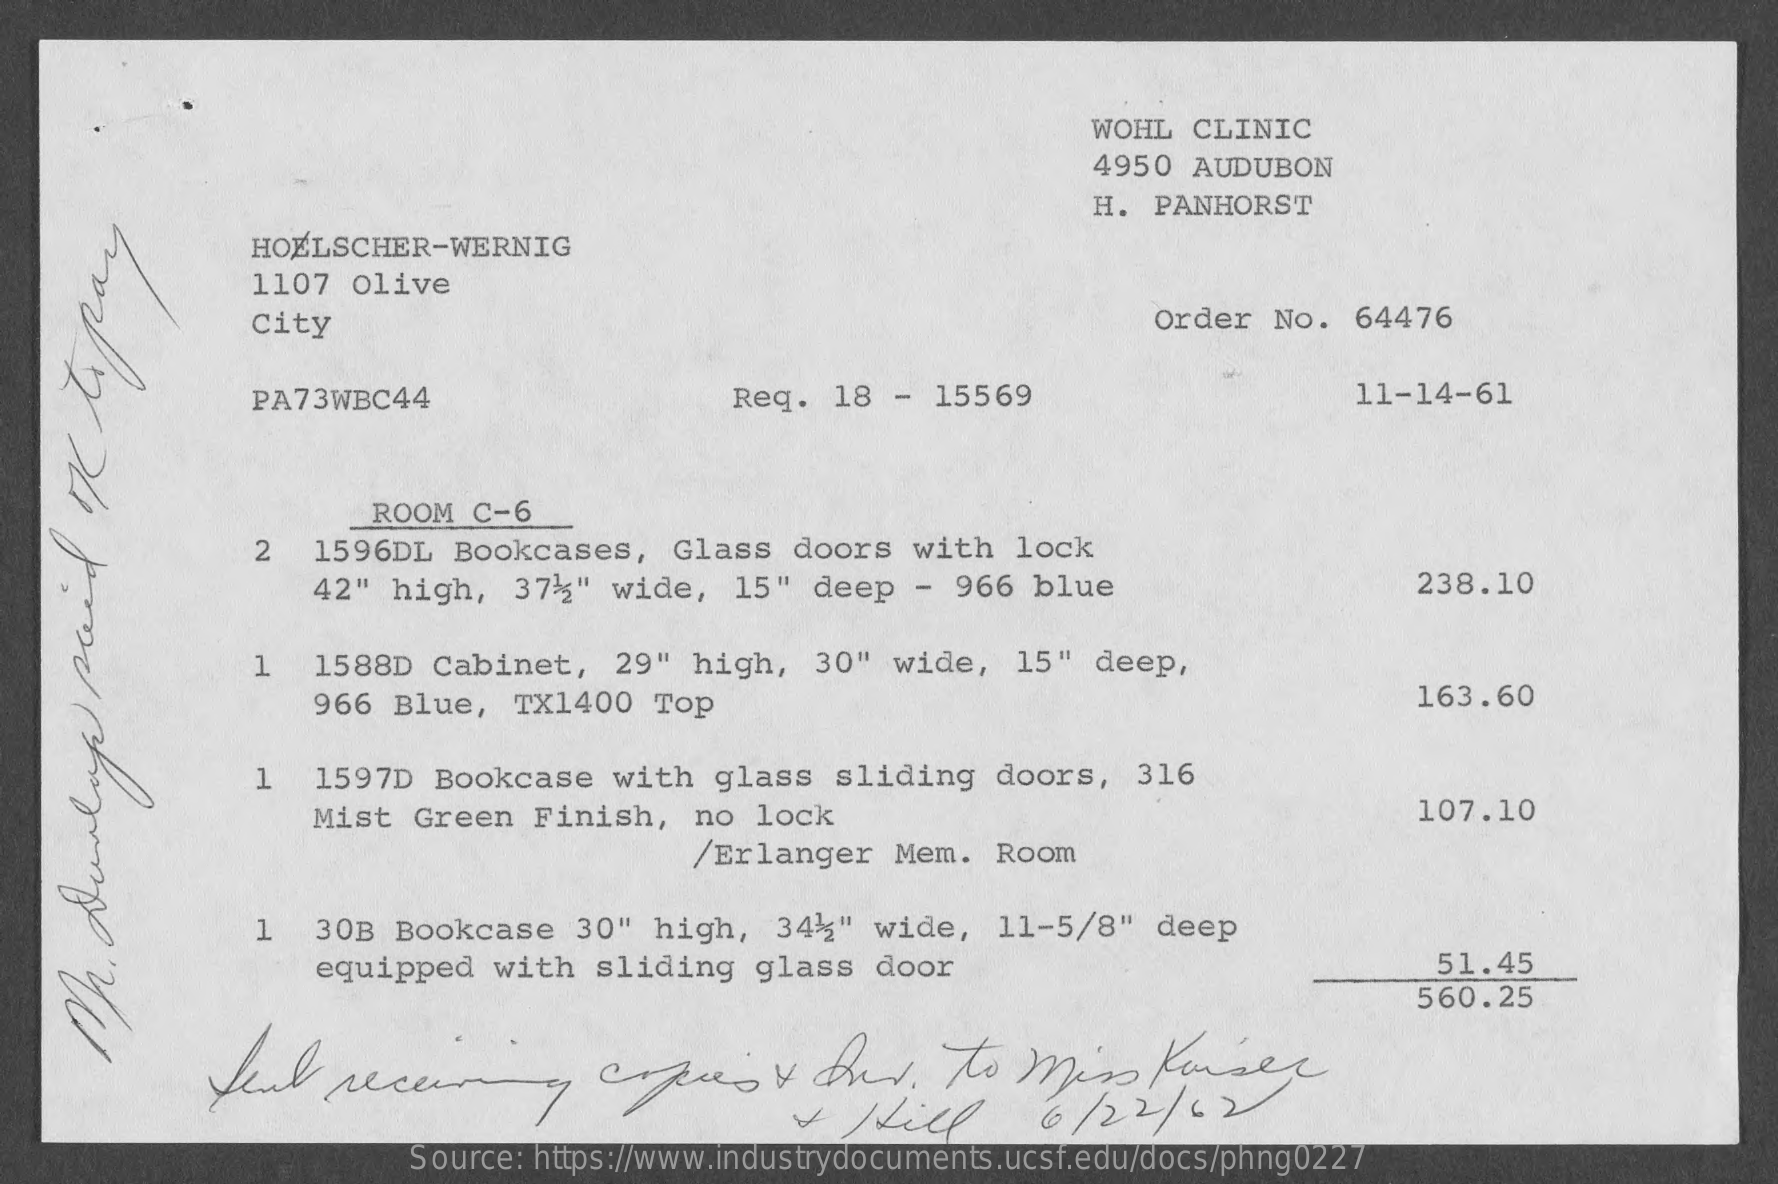
WOHL  CLINIC
     4950  AUDUBON
     H. PANHORST
     HOELSCHER-WERNIG
     1107  olive
     City    Order   No.  64476
     PA73WBC44    Req.   18 -  15569    11-14-61
     ROOM  C-6
     2   1596DL  Bookcases,    Glass  doors  with   lock
     42" high,   37%"  wide,   15" deep   - 966  blue    238.10
     1   1588D  Cabinet,   29"  high,  30"  wide,   15"  deep,
     966 Blue,   TX1400   Top    163.60
     1   1597D  Bookcase   with  glass   sliding   doors,  316
     Mist  Green  Finish,   no  lock    107.10
     /Erlanger   Mem.  Room
     1   30B Bookcase    30"  high,  34%"  wide,   11-5/8"  deep
     equipped   with  sliding   glass  door    51.45
     560.25
     feil   receiving    copies    +  Dur.    to  Miss    Kanser
    M.
    Dunlap
    paid
    of
    topay
     &  Hill    6/22/02
     Source: https://www.industrydocuments.ucsf.edu/docs/phng0227